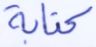
كتابة